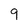
Character: 9